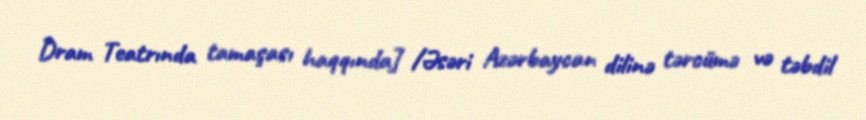
Dram Teatrında tamaşası haqqında] /Əsəri Azərbaycan dilinə tərcümə və təbdil